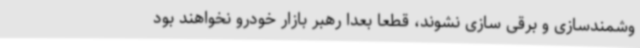
وشمندسازی و برقی سازی نشوند، قطعا بعدا رهبر بازار خودرو نخواهند بود